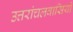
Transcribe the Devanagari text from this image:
उत्तरांचलवासियों